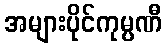
အများပိုင်ကုမ္ပဏီ